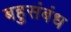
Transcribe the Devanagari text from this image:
बहुसंबंध